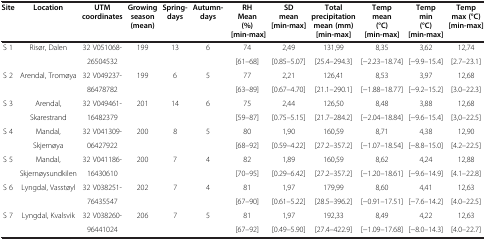
<table><thead><tr><td><b>Site</b></td><td><b>Location</b></td><td><b>UTM coordinates</b></td><td><b>Growing season (mean)</b></td><td><b>Spring- days</b></td><td><b>Autumn- days</b></td><td><b>RH Mean (%) [min-max]</b></td><td><b>SD mean [min-max]</b></td><td><b>Total precipitation mean (mm) [min-max]</b></td><td><b>Temp mean (°C) [min-max]</b></td><td><b>Temp min (°C) [min-max]</b></td><td><b>Temp max (°C) [min-max]</b></td></tr></thead><tbody><tr><td>S 1</td><td>Risør, Dalen</td><td>32 V051068-</td><td>199</td><td>13</td><td>6</td><td>74</td><td>2,49</td><td>131,99</td><td>8,35</td><td>3,62</td><td>12,74</td></tr><tr><td> </td><td> </td><td>26504532</td><td> </td><td> </td><td> </td><td>[61–68]</td><td>[0.85–5.07]</td><td>[25.4–294.3]</td><td>[−2.23–18.74]</td><td>[−9.9–15.4]</td><td>[2.7–23.1]</td></tr><tr><td>S 2</td><td>Arendal, Tromøya</td><td>32 V049237-</td><td>199</td><td>6</td><td>5</td><td>77</td><td>2,21</td><td>126,41</td><td>8,53</td><td>3,97</td><td>12,68</td></tr><tr><td> </td><td> </td><td>86478782</td><td> </td><td> </td><td> </td><td>[63–89]</td><td>[0.67–4.70]</td><td>[21.1–290.1]</td><td>[−1.88–18.77]</td><td>[−9.2–15.2]</td><td>[3.0–22.3]</td></tr><tr><td>S 3</td><td>Arendal,</td><td>32 V049461-</td><td>201</td><td>14</td><td>6</td><td>75</td><td>2,44</td><td>126,50</td><td>8,48</td><td>3,88</td><td>12,68</td></tr><tr><td> </td><td>Skarestrand</td><td>16482379</td><td> </td><td> </td><td> </td><td>[59–87]</td><td>[0.75–5.15]</td><td>[21.7–284.2]</td><td>[−2.04–18.84]</td><td>[−9.6–15.4]</td><td>[3,0–22.5]</td></tr><tr><td>S 4</td><td>Mandal,</td><td>32 V041309-</td><td>200</td><td>8</td><td>5</td><td>80</td><td>1,90</td><td>160,59</td><td>8,71</td><td>4,38</td><td>12,90</td></tr><tr><td> </td><td>Skjernøya</td><td>06427922</td><td> </td><td> </td><td> </td><td>[68–92]</td><td>[0.59–4.22]</td><td>[27.2–357.2]</td><td>[−1.07–18.54]</td><td>[−8.8–15.0]</td><td>[4.2–22.5]</td></tr><tr><td>S 5</td><td>Mandal,</td><td>32 V041186-</td><td>200</td><td>7</td><td>4</td><td>82</td><td>1,89</td><td>160,59</td><td>8,62</td><td>4,24</td><td>12,88</td></tr><tr><td> </td><td>Skjernøysundkilen</td><td>16430610</td><td> </td><td> </td><td> </td><td>[70–95]</td><td>[0.29–6.42]</td><td>[27.2–357.2]</td><td>[−1.20–18.61]</td><td>[−9.6–14.9]</td><td>[4.1–22.8]</td></tr><tr><td>S 6</td><td>Lyngdal, Vasstøyl</td><td>32 V038251-</td><td>202</td><td>7</td><td>4</td><td>81</td><td>1,97</td><td>179,99</td><td>8,60</td><td>4,41</td><td>12,63</td></tr><tr><td> </td><td> </td><td>76435547</td><td> </td><td> </td><td> </td><td>[67–90]</td><td>[0.61–5.22]</td><td>[28.5–396.2]</td><td>[−0.91–17.51]</td><td>[−7.6–14.2]</td><td>[4.0–22.5]</td></tr><tr><td>S 7</td><td>Lyngdal, Kvalsvik</td><td>32 V038260-</td><td>206</td><td>7</td><td>5</td><td>81</td><td>1,97</td><td>192,33</td><td>8,49</td><td>4,22</td><td>12,63</td></tr><tr><td> </td><td> </td><td>96441024</td><td> </td><td> </td><td> </td><td>[67–92]</td><td>[0.49–5.90]</td><td>[27.4–422.9]</td><td>[−1.09–17.68]</td><td>[−8.0–14.3]</td><td>[4.0–22.7]</td></tr></tbody></table>